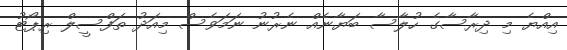
އިއްޔެ މި ދިރާސާގެ ހުލާސާ ބަޔާނެއް ނެރުނު ނަމަވެސް މިއަދު ތަފްސީލް ރިޕޯޓު